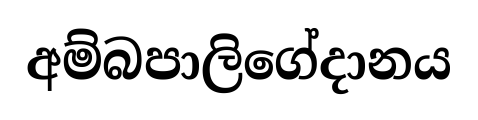
අම්බපාලිගේදානය